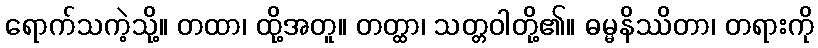
ရောက်သကဲ့သို့။ တထာ၊ ထို့အတူ။ တတ္ထာ၊ သတ္တဝါတို့၏။ ဓမ္မနိဿိတာ၊ တရားကို